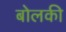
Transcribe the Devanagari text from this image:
बोलकी